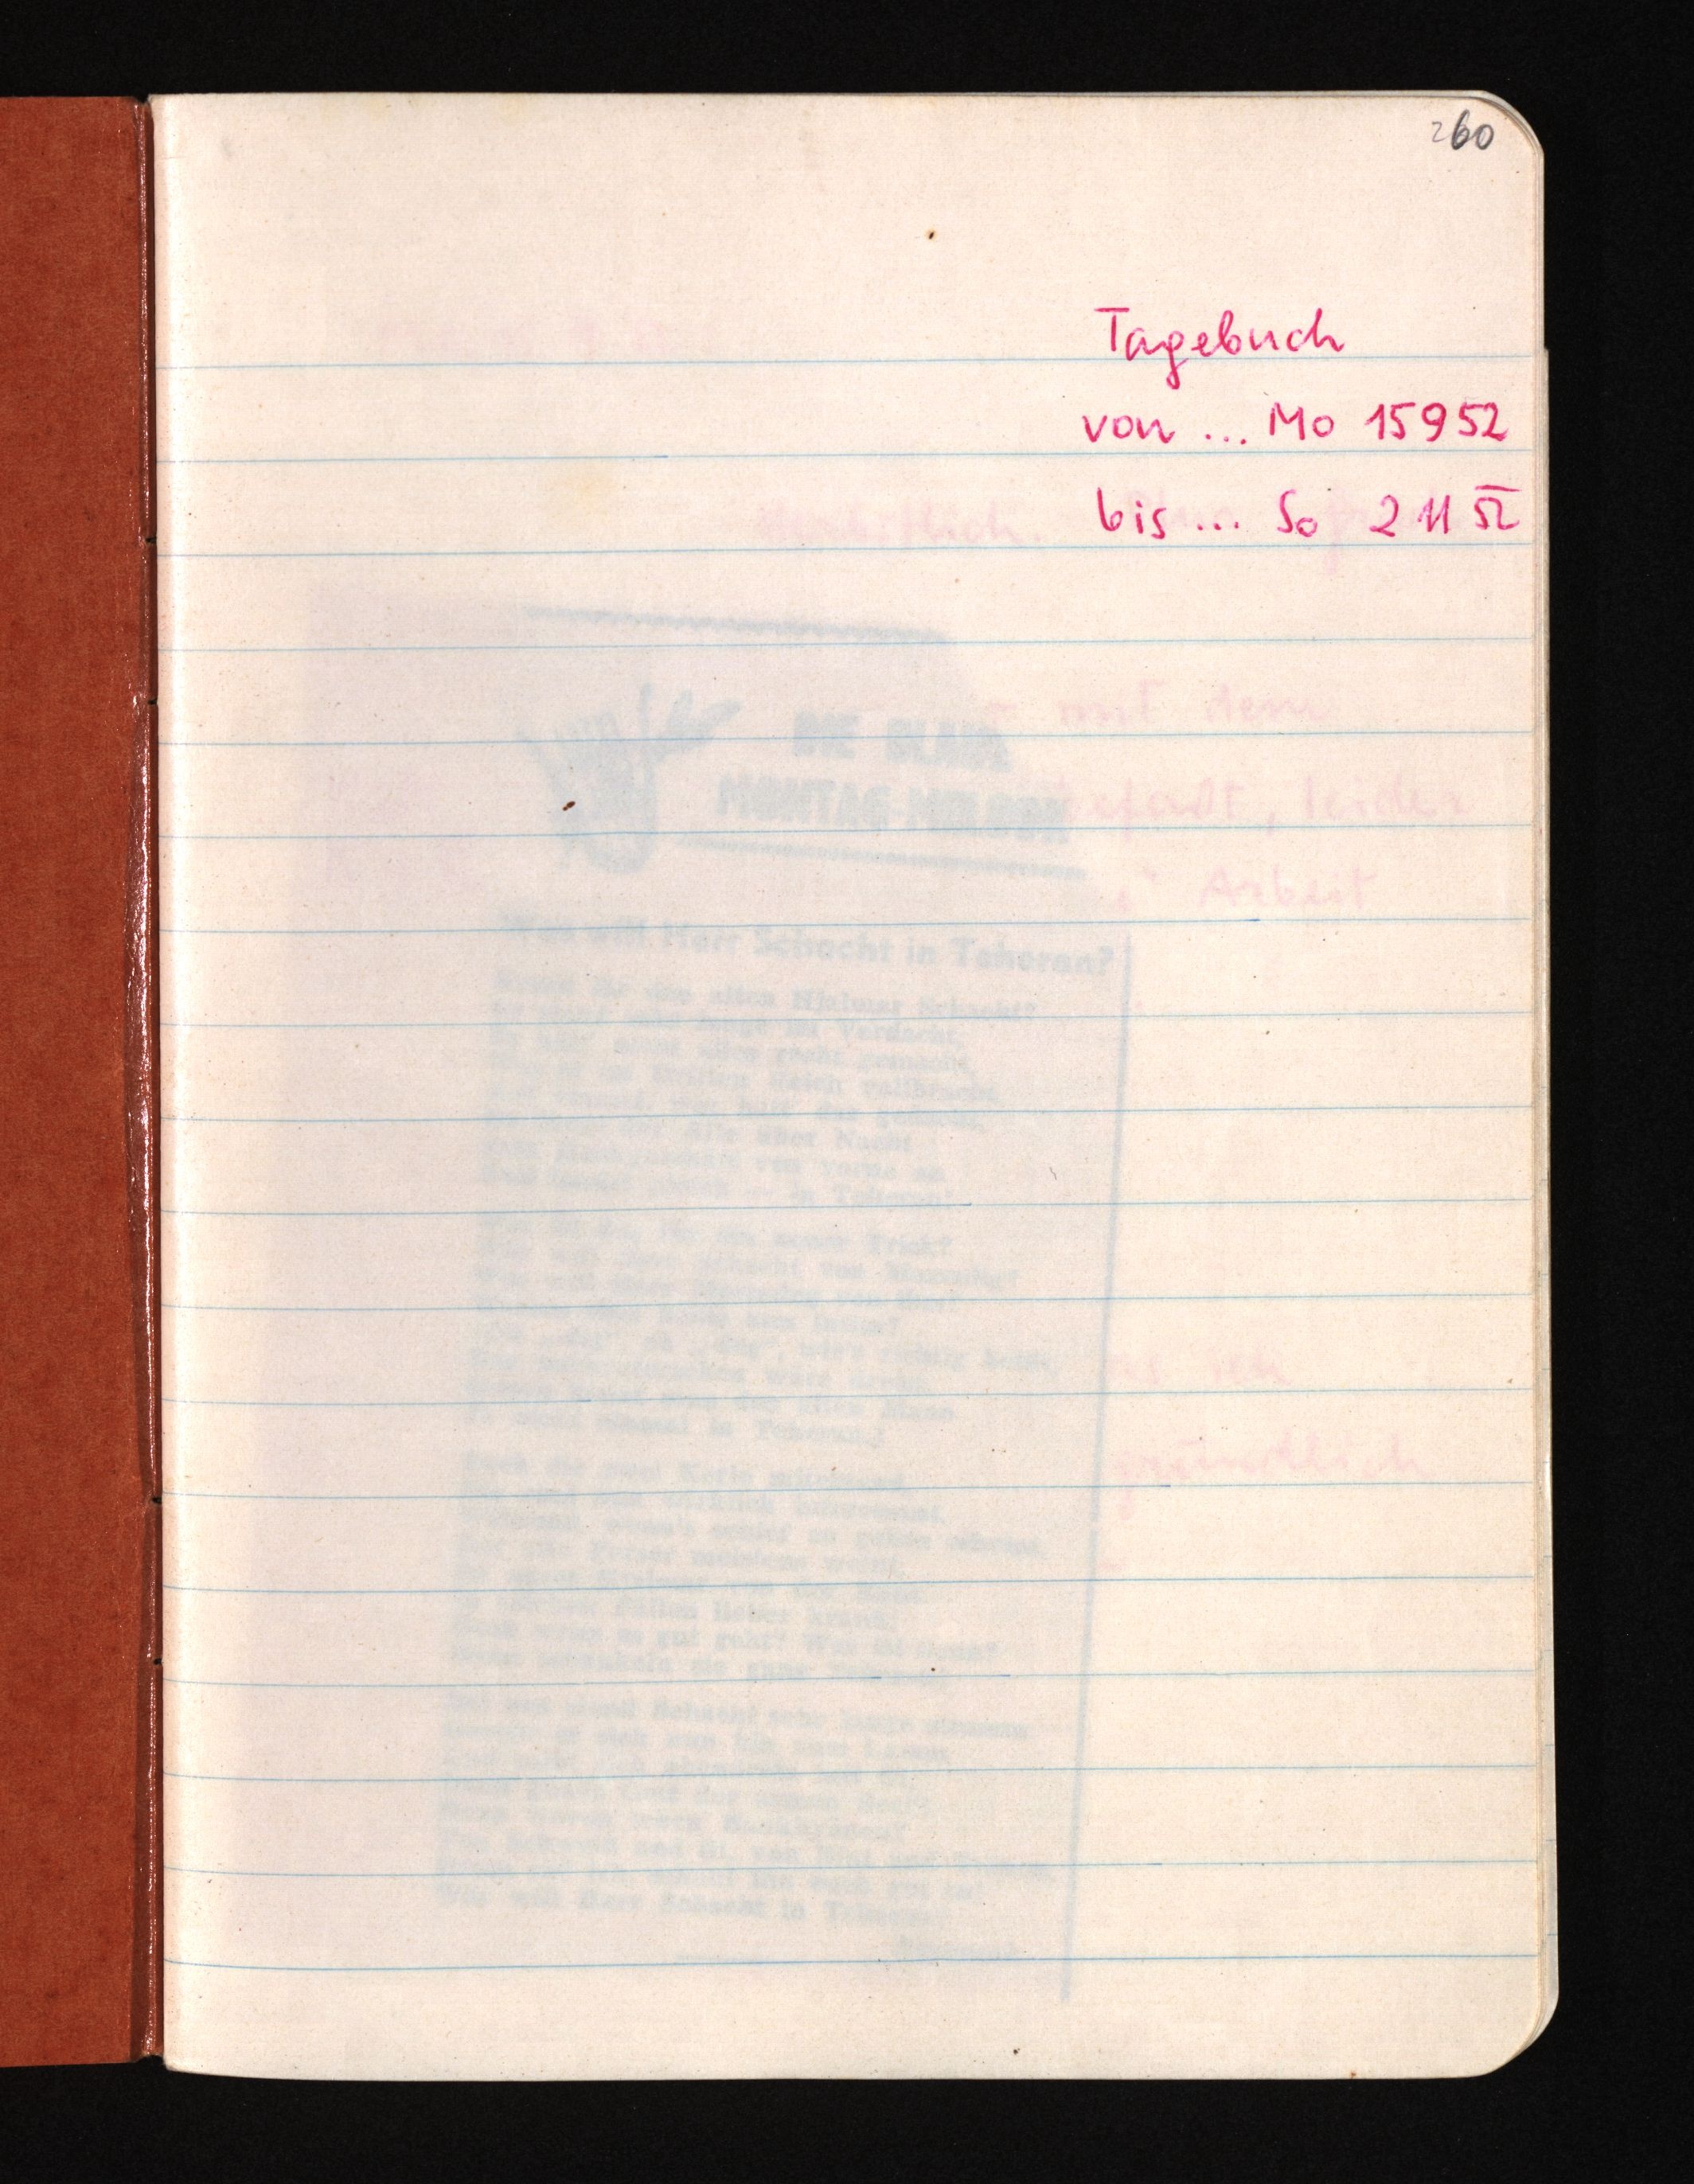
260
Tagebuch
von ... Mo 15 9 52
bis ... So 2 11 52